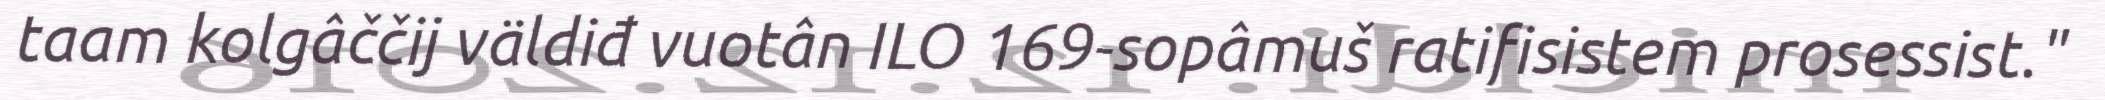
taam kolgâččij väldiđ vuotân ILO 169-sopâmuš ratifisistem prosessist."